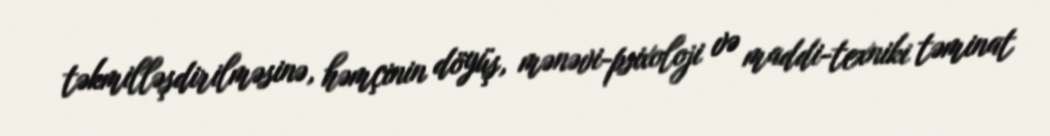
təkmilləşdirilməsinə, həmçinin döyüş, mənəvi-psixoloji və maddi-texniki təminat